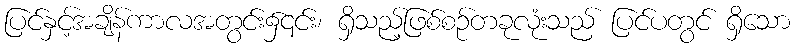
ပြင်နှင့်အချိန်ကာလအတွင်း၌၎င်း၊ ရှိသည့်ဖြစ်စဉ်တခုလုံးသည် ပြင်ပတွင် ရှိသော